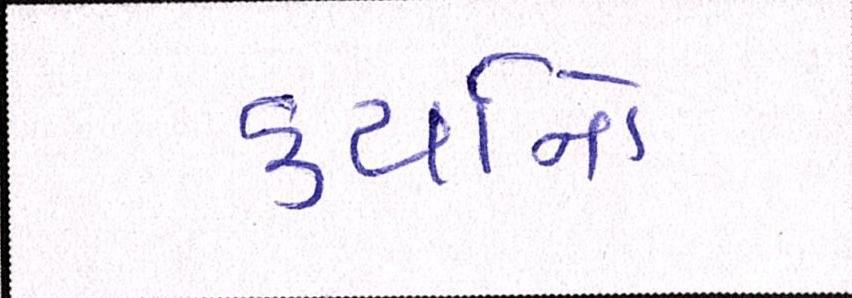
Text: કર્યાનો